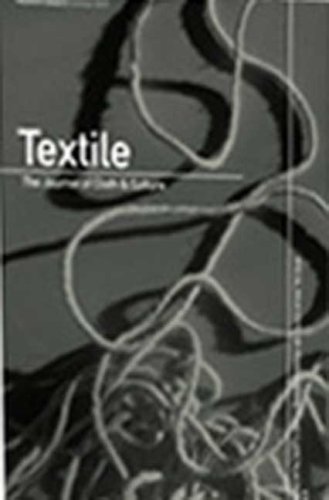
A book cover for Textile Volume 5 Issue 2: The Journal of Cloth and Culture (v. 5, Issue 2); Claire Pajaczkowska; Crafts, Hobbies & Home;